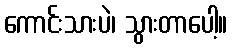
ကောင်းသားပဲ၊ သွားတာပေါ့။